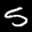
Label: 5